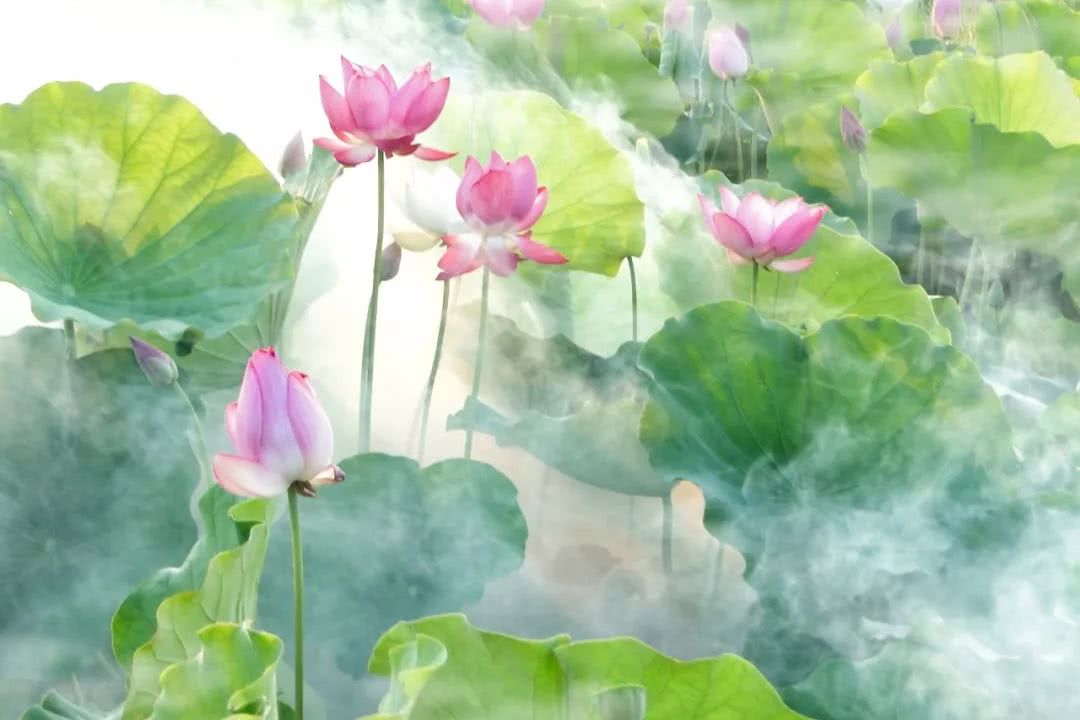
携手藕花湖上路。一霎黄梅细雨。